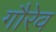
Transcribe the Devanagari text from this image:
गौरेव